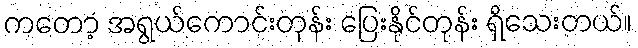
ကတော့ အရွယ်ကောင်းတုန်း ပြေးနိုင်တုန်း ရှိသေးတယ်။